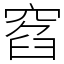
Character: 窞